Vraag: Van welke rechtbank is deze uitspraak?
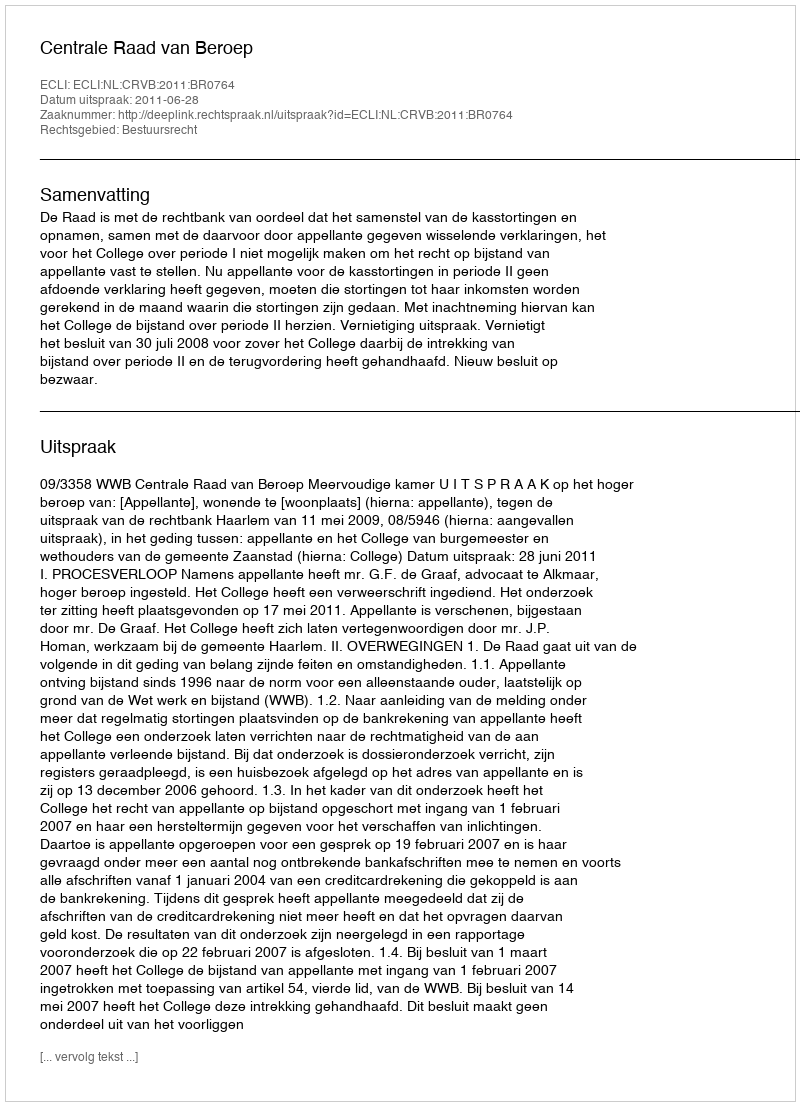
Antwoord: Centrale Raad van Beroep